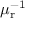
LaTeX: \mu _ { \mathrm { r } } ^ { - 1 }